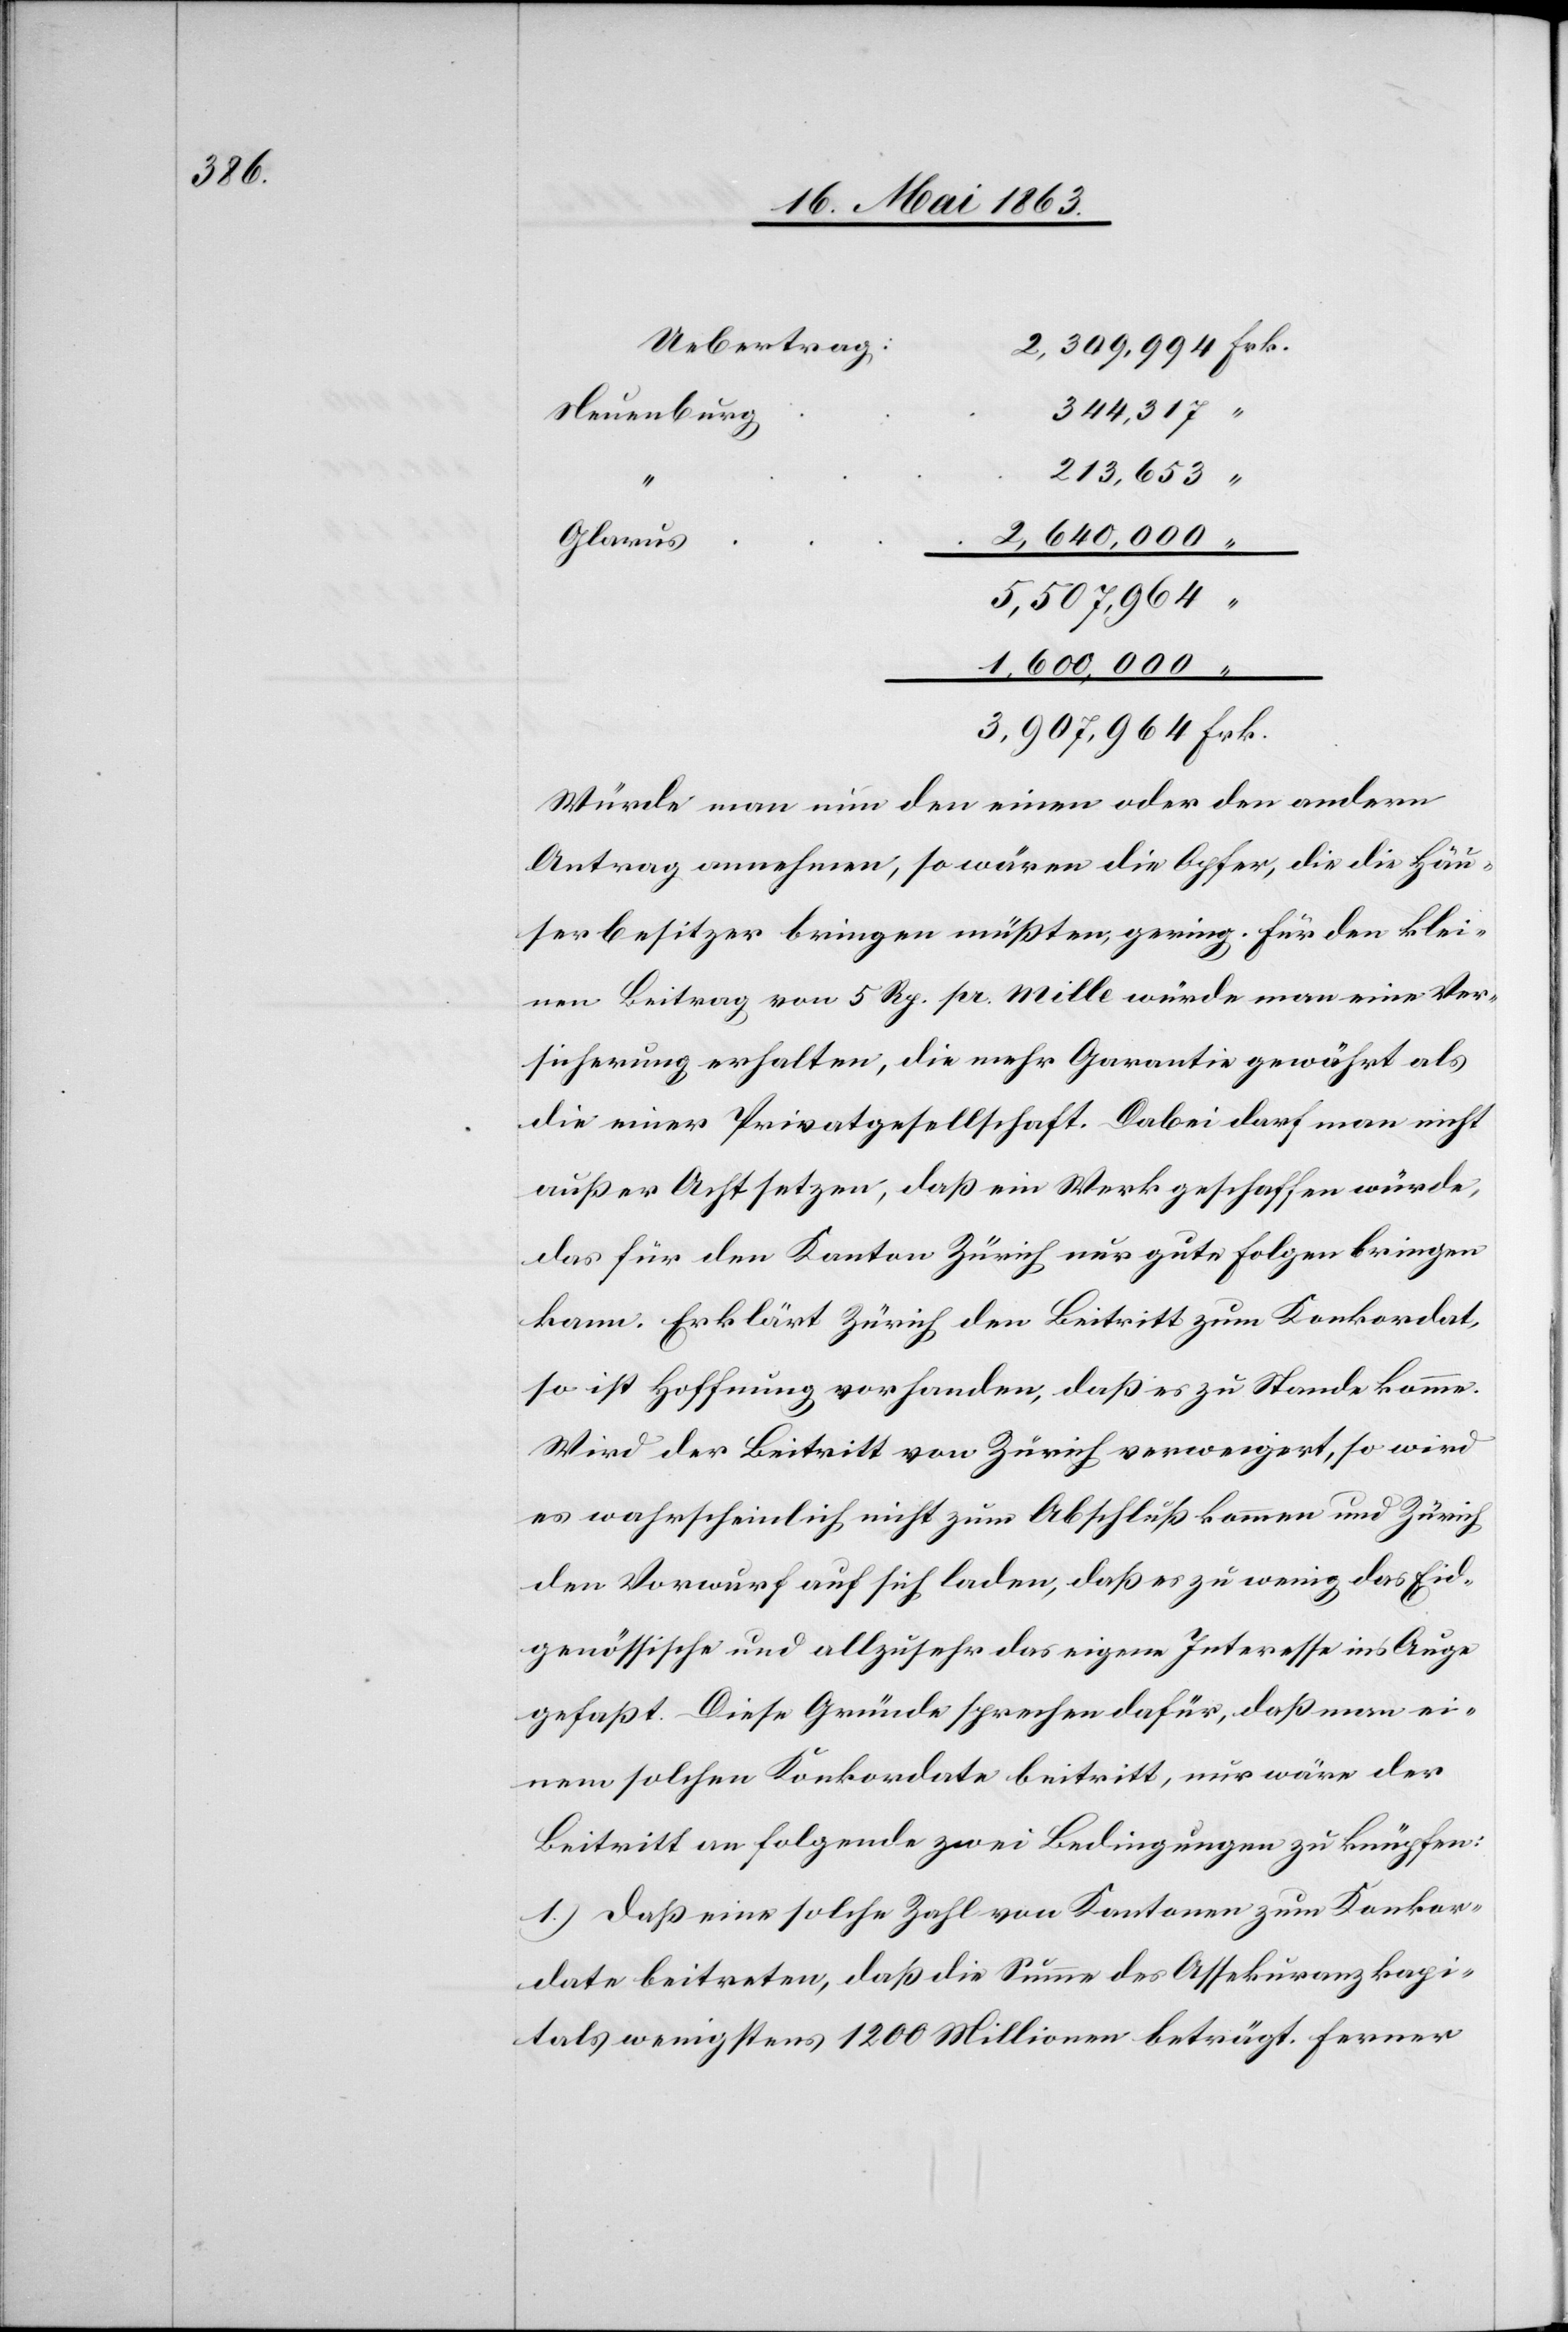
Uebertrag
344,317
Neuenburg
213,653
1,600,000
Glarus
3,907,964
Würde man nun den einen oder den andern
Antrag annehmen, so wären die Opfer, die die Häu¬
serbesitzer bringen müßten, gering. Für den klei¬
nen Beitrag von 5 Rp. pr. mille würde man eine Ver¬
sicherung erhalten, die mehr Garantie gewährt als
die einer Privatgesellschaft. Dabei darf man nicht
außer Acht setzen, daß ein Werk geschaffen würde,
das für den Kanton Zürich nur gute Folgen bringen
kann. Erklärt Zürich den Beitritt zum Konkordat,
so ist Hoffnung vorhanden, daß es zu Stande komme.
Wird der Beitritt von Zürich verweigert, so wird
es wahrscheinlich nicht zum Abschluß kommen und Zürich
den Vorwurf auf sich laden, daß es zu wenig das Eid¬
genössische und allzusehr das eigene Interesse ins Auge
gefaßt. Diese Gründe sprechen dafür, daß man ei¬
nem solchen Konkordate beitritt, nur wäre der
Beitritt an folgende zwei Bedingungen zu knüpfen:
1.) Daß eine solche Zahl von Kantonen zum Konkor¬
date beitreten, daß die Summe des Assekuranzkapi¬
tals wenigstens 1200 Millionen beträgt. Ferner